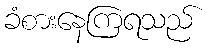
ခံစားနေကြရသည်